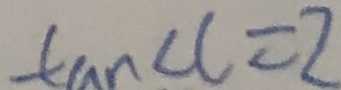
\tan a = 2